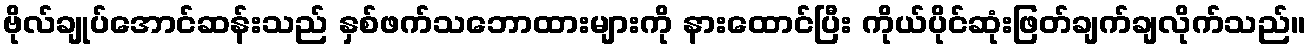
ဗိုလ်ချုပ်အောင်ဆန်းသည် နှစ်ဖက်သဘောထားများကို နားထောင်ပြီး ကိုယ်ပိုင်ဆုံးဖြတ်ချက်ချလိုက်သည်။